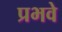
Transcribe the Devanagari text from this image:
प्रभवे